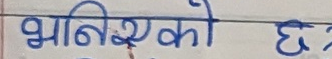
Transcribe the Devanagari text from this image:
भनिएको छ